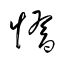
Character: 惰